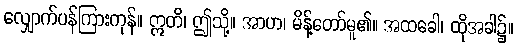
လျှောက်ပန်ကြားကုန်။ ဣတိ၊ ဤသို့။ အာဟ၊ မိန့်တော်မူ၏။ အထခေါ၊ ထိုအခါ၌။